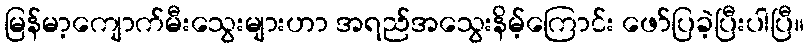
မြန်မာ့ကျောက်မီးသွေးများဟာ အရည်အသွေးနိမ့်ကြောင်း ဖော်ပြခဲ့ပြီးပါပြီ။